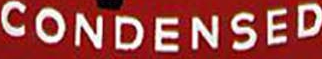
CONDENSED